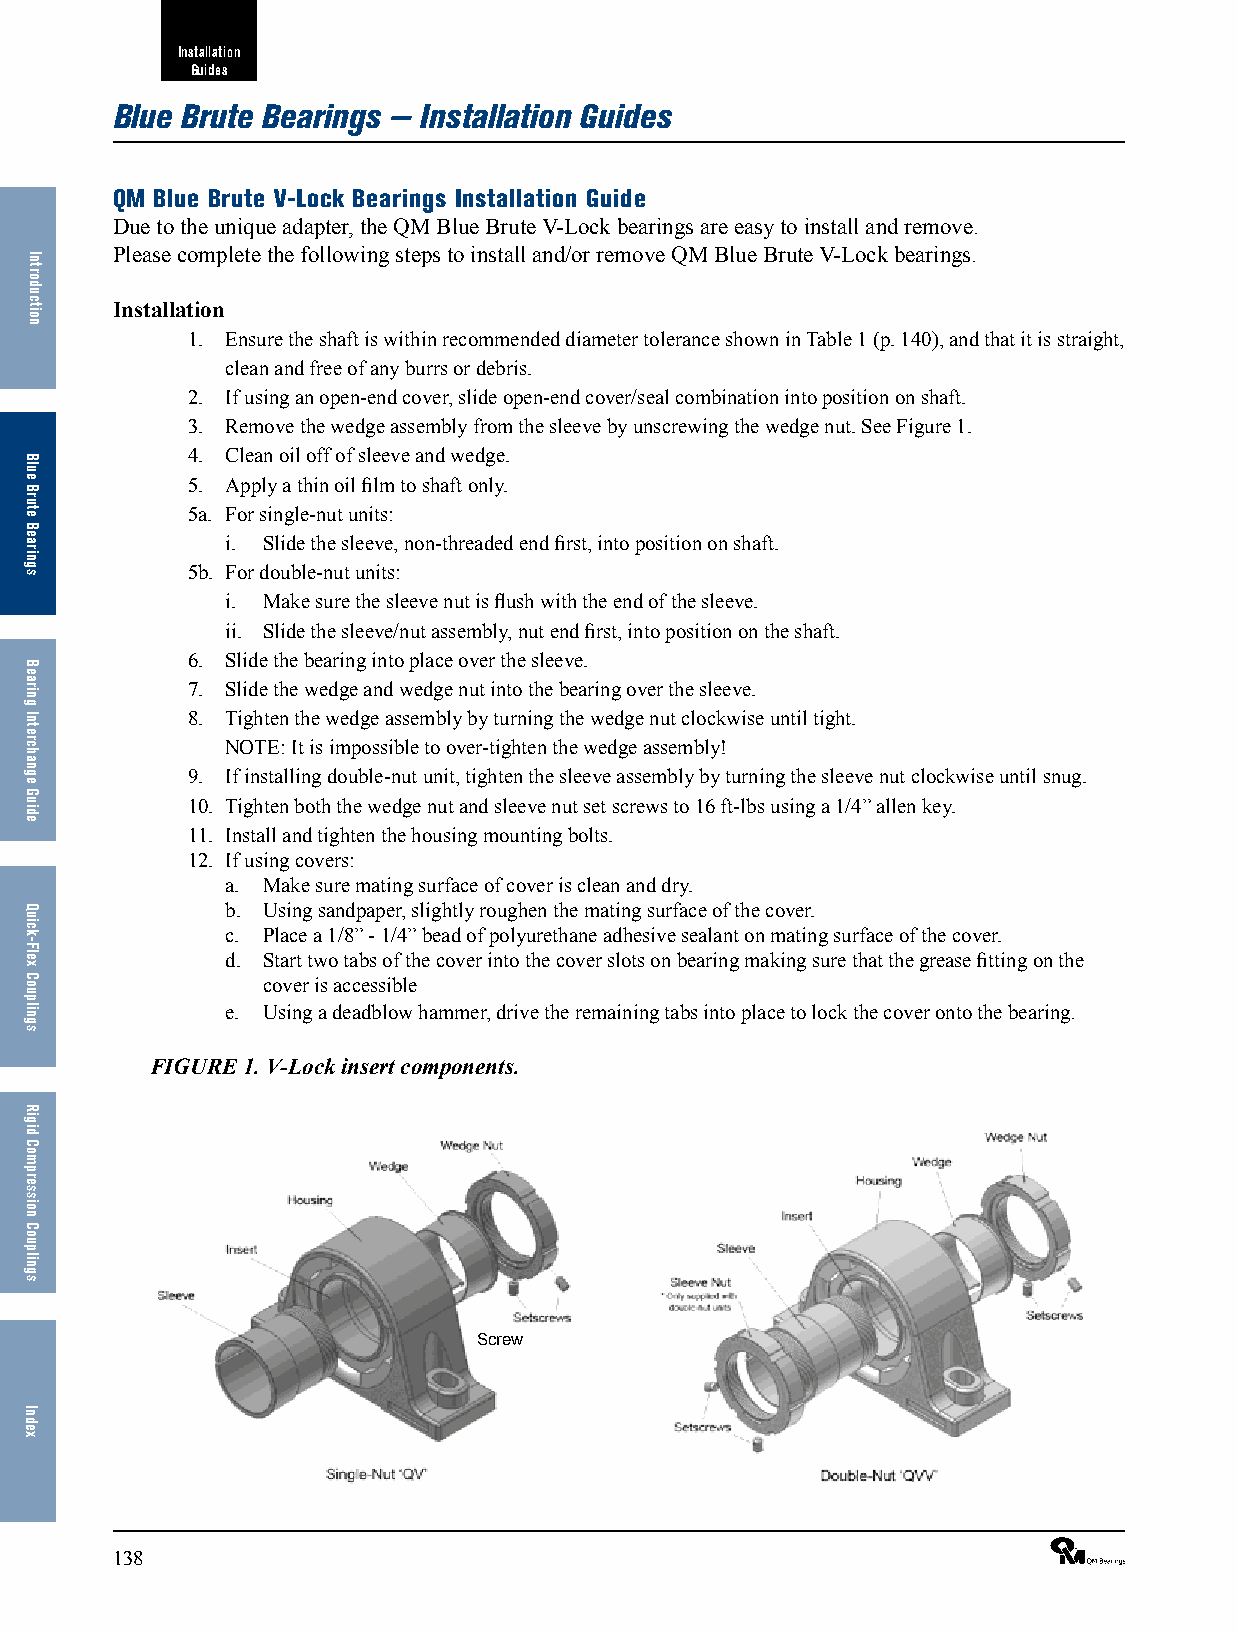
Installation
 Guides
 Blue Brute Bearings — Installation Guides
 QM Blue Brute V-Lock Bearings Installation Guide
 Due to the unique adapter, the QM Blue Brute V-Lock bearings are easy to install and remove.
 Please complete the following steps to install and/or remove QM Blue Brute V-Lock bearings.
 Installation
 1. Ensure the shaft is within recommended diameter tolerance shown in Table 1 (p. 140), and that it is straight,
 clean and free of any burrs or debris.
 2. If using an open-end cover, slide open-end cover/seal combination into position on shaft.
 3. Remove the wedge assembly from the sleeve by unscrewing the wedge nut. See Figure 1.
 4. Clean oil off of sleeve and wedge.
 5. Apply a thin oil film to shaft only.
 5a. For single-nut units:
 i. Slide the sleeve, non-threaded end first, into position on shaft.
 5b. For double-nut units:
 i. Make sure the sleeve nut is flush with the end of the sleeve.
 ii. Slide the sleeve/nut assembly, nut end first, into position on the shaft.
 6. Slide the bearing into place over the sleeve.
 7. Slide the wedge and wedge nut into the bearing over the sleeve.
 8. Tighten the wedge assembly by turning the wedge nut clockwise until tight.
 NOTE: It is impossible to over-tighten the wedge assembly!
 9. If installing double-nut unit, tighten the sleeve assembly by turning the sleeve nut clockwise until snug.
 10. Tighten both the wedge nut and sleeve nut set screws to 16 ft-lbs using a 1/4” allen key.
 11. Install and tighten the housing mounting bolts.
 12. If using covers:
 a. Make sure mating surface of cover is clean and dry.
 b. Using sandpaper, slightly roughen the mating surface of the cover.
 c. Place a 1/8” - 1/4” bead of polyurethane adhesive sealant on mating surface of the cover.
 d. Start two tabs of the cover into the cover slots on bearing making sure that the grease fitting on the
 cover is accessible
 e. Using a deadblow hammer, drive the remaining tabs into place to lock the cover onto the bearing.
 FIGURE 1. V-Lock insert components.
 Screw
 138                                                             ®
 Introduction
 Blue
 Brute
 Bearings
 Bearing
 Interchange
 Guide
 Quick-Flex
 Couplings
 Rigid
 Compression
 Couplings
 Index